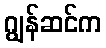
ဂျွန်ဆင်က